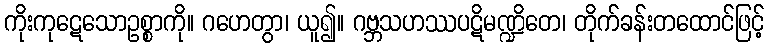
ကိုးကုဋေသောဥစ္စာကို။ ဂဟေတွာ၊ ယူ၍။ ဂဗ္ဘသဟဿပဋိမဏ္ဍိတေ၊ တိုက်ခန်းတထောင်ဖြင့်